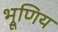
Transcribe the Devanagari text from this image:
भ्रूणिय